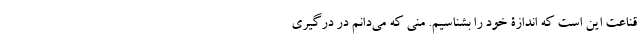
قناعت این است که اندازۀ خود را بشناسیم. منی که می‌دانم در درگیری